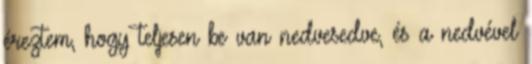
éreztem, hogy teljesen be van nedvesedve, és a nedvével